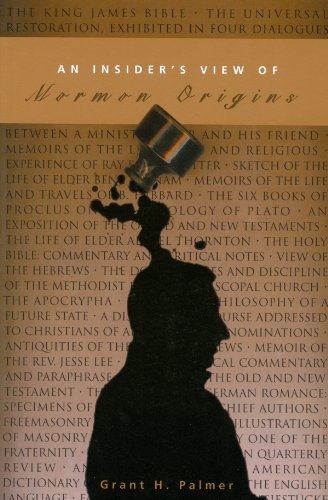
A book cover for An Insider's View of Mormon Origins; Grant Palmer; Christian Books & Bibles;